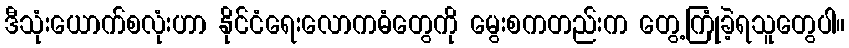
ဒီသုံးယောက်စလုံးဟာ နိုင်ငံရေးလောကဓံတွေကို မွေးစကတည်းက တွေ့ကြုံခဲ့ရသူတွေပါ။